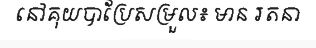
នៅគុយបាប្រែសម្រួល៖ មាន រតនា